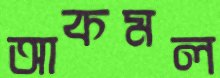
আকমল